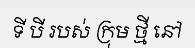
ទី បី របស់ ក្រុម ថ្មី នៅ